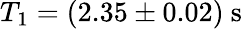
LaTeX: {T_{1}=(2.35\pm 0.02)~\mathrm{s}}